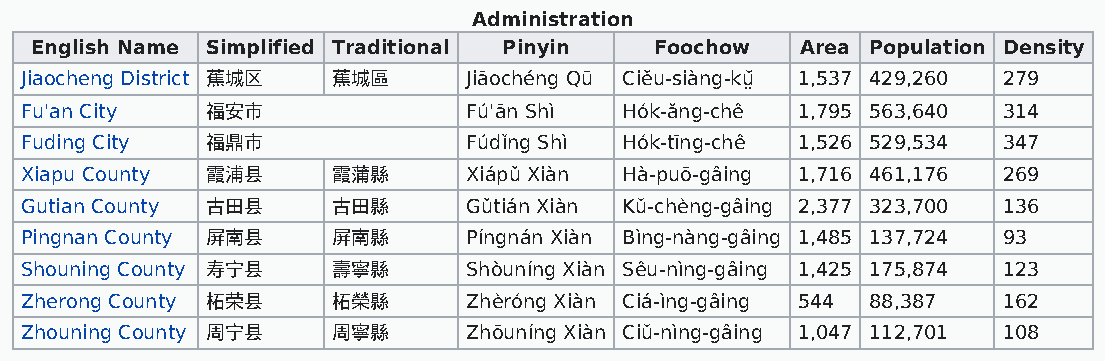
Administration
 English Name Simplified Traditional Pinyin Foochow Area Population Density
 Jiaocheng District 蕉城区 蕉城區    Jiāochéng Qū Ciĕu-siàng-kṳ̆ 1,537 429,260 279
 Fu'an City   福安市              Fú'ān Shì Hók-ăng-chê 1,795 563,640 314
 Fuding City  福鼎市              Fúdǐng Shì Hók-tīng-chê 1,526 529,534 347
 Xiapu County 霞浦县     霞蒲縣      Xiápǔ Xiàn Hà-puō-gâing 1,716 461,176 269
 Gutian County 古田县    古田縣      Gǔtián Xiàn Kŭ-chèng-gâing 2,377 323,700 136
 Pingnan County 屏南县   屏南縣      Píngnán Xiàn Bìng-nàng-gâing 1,485 137,724 93
 Shouning County 寿宁县  壽寧縣      Shòuníng Xiàn Sêu-nìng-gâing 1,425 175,874 123
 Zherong County 柘荣县   柘榮縣      Zhèróng Xiàn Ciá-ìng-gâing 544 88,387 162
 Zhouning County 周宁县  周寧縣      Zhōuníng Xiàn Ciŭ-nìng-gâing 1,047 112,701 108